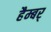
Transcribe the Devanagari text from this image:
हैम्बर्